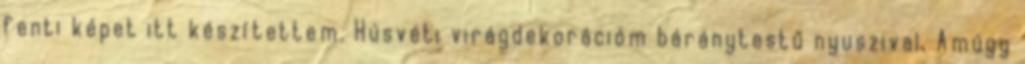
fenti képet itt készítettem. Húsvéti virágdekorációm báránytestű nyuszival. Amúgy